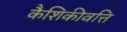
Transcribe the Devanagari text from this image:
कैशिकीवत्ति